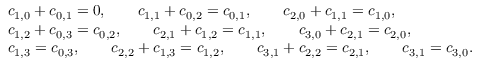
\begin{array} { r l } & { c _ { 1 , 0 } + c _ { 0 , 1 } = 0 , \qquad c _ { 1 , 1 } + c _ { 0 , 2 } = c _ { 0 , 1 } , \qquad c _ { 2 , 0 } + c _ { 1 , 1 } = c _ { 1 , 0 } , } \\ & { c _ { 1 , 2 } + c _ { 0 , 3 } = c _ { 0 , 2 } , \qquad c _ { 2 , 1 } + c _ { 1 , 2 } = c _ { 1 , 1 } , \qquad c _ { 3 , 0 } + c _ { 2 , 1 } = c _ { 2 , 0 } , } \\ & { c _ { 1 , 3 } = c _ { 0 , 3 } , \qquad c _ { 2 , 2 } + c _ { 1 , 3 } = c _ { 1 , 2 } , \qquad c _ { 3 , 1 } + c _ { 2 , 2 } = c _ { 2 , 1 } , \qquad c _ { 3 , 1 } = c _ { 3 , 0 } . } \end{array}